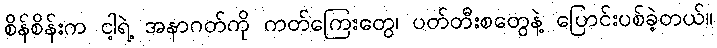
စိန်စိန်းက ငါ့ရဲ့ အနာဂတ်ကို ကတ်ကြေးတွေ၊ ပတ်တီးစတွေနဲ့ ပြောင်းပစ်ခဲ့တယ်။